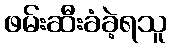
ဖမ်းဆီးခံခဲ့ရသူ